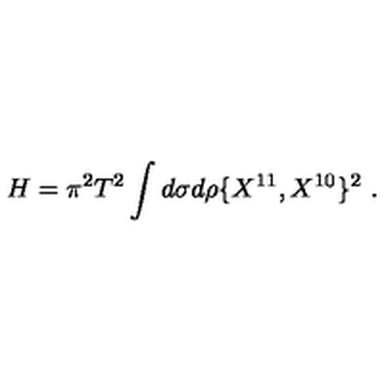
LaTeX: H = \pi ^ { 2 } T ^ { 2 } \int d \sigma d \rho \{ X ^ { 1 1 } , X ^ { 1 0 } \} ^ { 2 } \ .